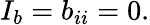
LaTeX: I_{b}=b_{ii}=0.